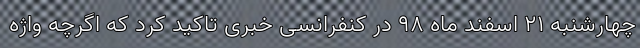
چهارشنبه ۲۱ اسفند ماه ۹۸ در کنفرانسی خبری تاکید کرد که اگرچه واژه